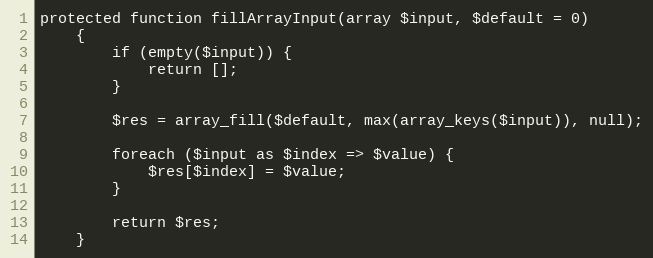
Language: PHP
protected function fillArrayInput(array $input, $default = 0)
    {
        if (empty($input)) {
            return [];
        }

        $res = array_fill($default, max(array_keys($input)), null);

        foreach ($input as $index => $value) {
            $res[$index] = $value;
        }

        return $res;
    }